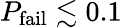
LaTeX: P_{\mathrm{fail}}\lesssim 0.1